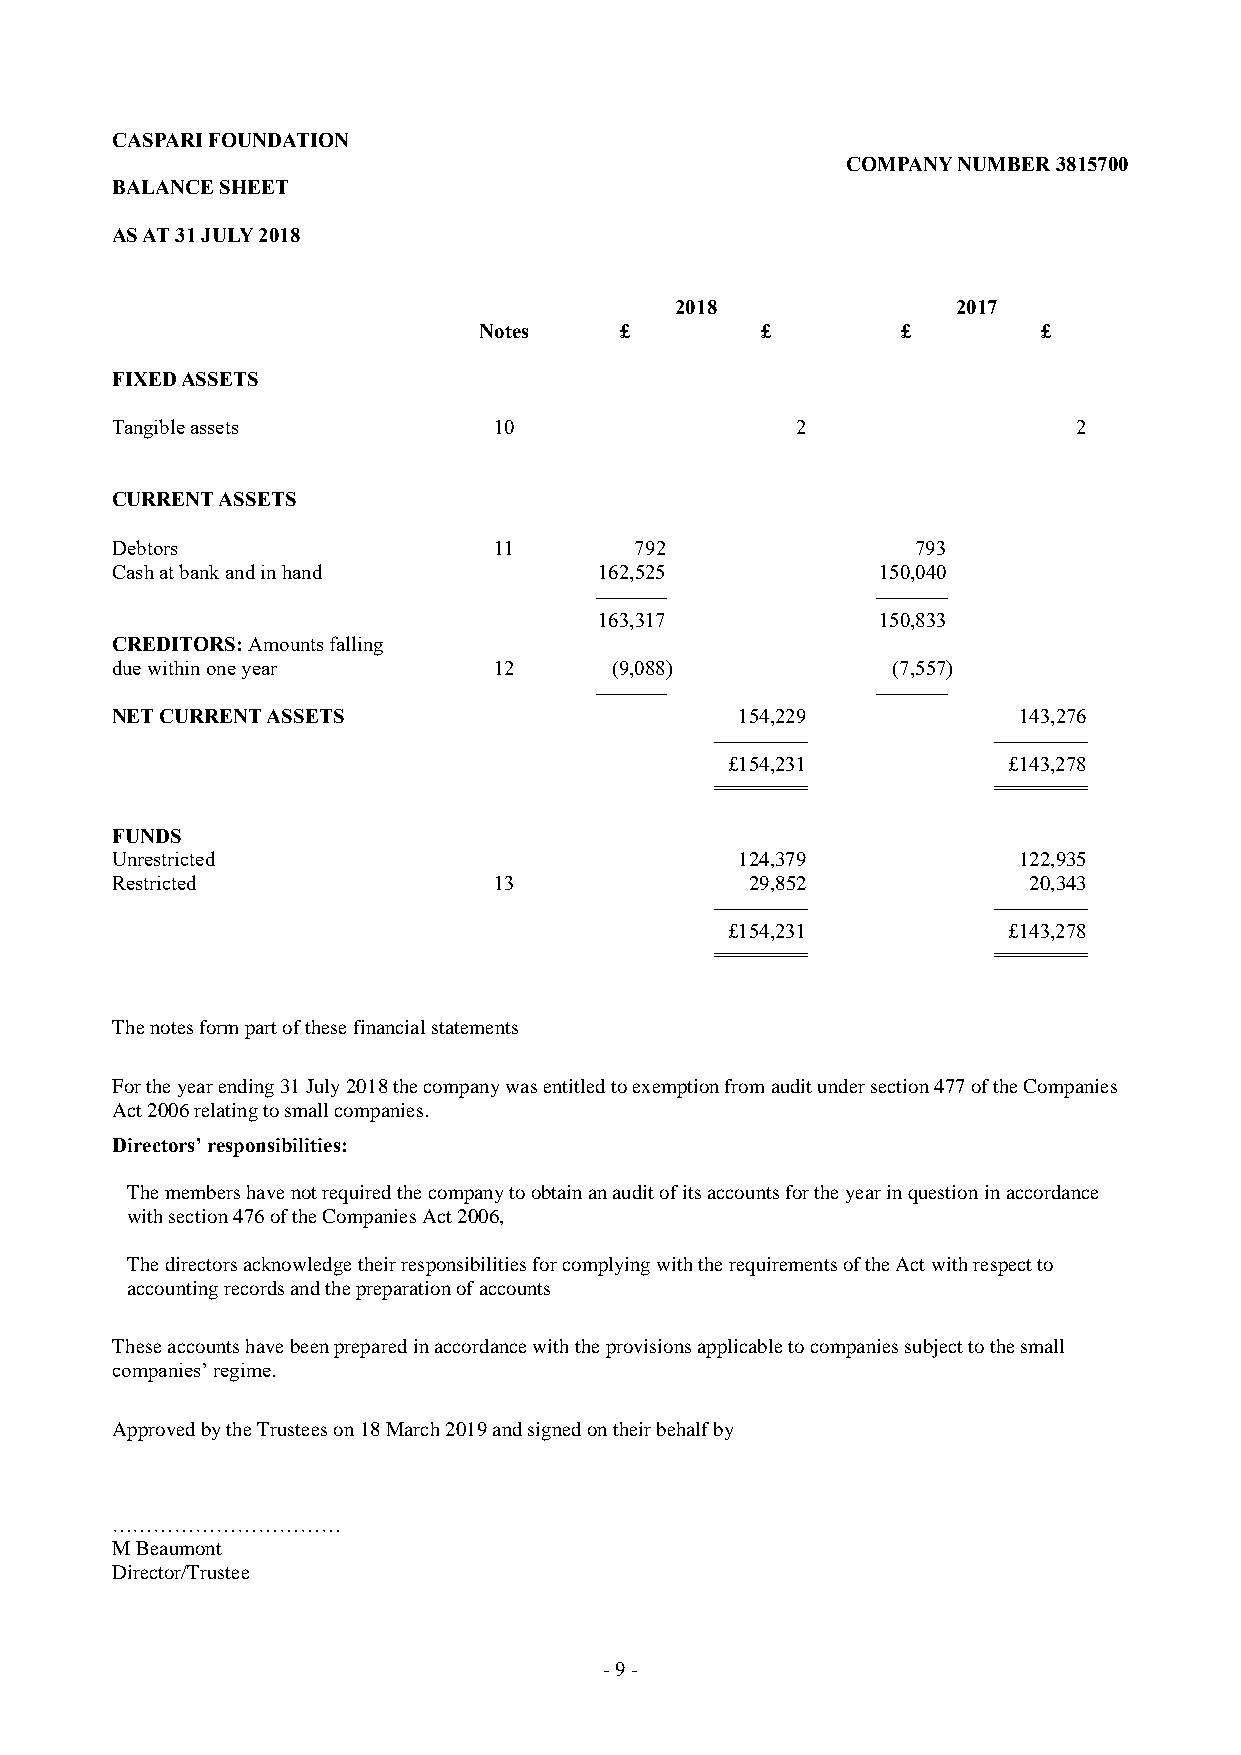
CASPARI FOUNDATION
 COMPANY NUMBER 3815700
 BALANCE SHEET
 AS AT 31 JULY 2018
 2018              2017
 Notes    £        £         £        £
 FIXED ASSETS
 Tangible assets           10                  2                 2
 CURRENT ASSETS
 Debtors                   11       792                793
 Cash at bank and in hand         162,525           150,040
 ----------------   ----------------
 163,317           150,833
 CREDITORS: Amounts falling
 due within one year       12     (9,088)            (7,557)
 ----------------   ----------------
 NET CURRENT ASSETS                        154,229           143,276
 --------------------- ---------------------
 £154,231           £143,278
 ==========         ==========
 FUNDS
 Unrestricted                              124,379           122,935
 Restricted                13               29,852            20,343
 --------------------- ---------------------
 £154,231           £143,278
 ==========         ==========
 The notes form part of these financial statements
 For the year ending 31 July 2018 the company was entitled to exemption from audit under section 477 of the Companies
 Act 2006 relating to small companies.
 Directors’ responsibilities:
 The members have not required the company to obtain an audit of its accounts for the year in question in accordance
 with section 476 of the Companies Act 2006,
 The directors acknowledge their responsibilities for complying with the requirements of the Act with respect to
 accounting records and the preparation of accounts
 These accounts have been prepared in accordance with the provisions applicable to companies subject to the small
 companies’ regime.
 Approved by the Trustees on 18 March 2019 and signed on their behalf by
 ……………………………
 M Beaumont
 Director/Trustee
 - 9 -